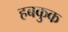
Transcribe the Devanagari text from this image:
हबकुक